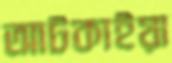
আটকাইয়া